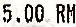
5.00 RM